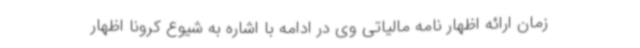
زمان ارائه اظهار نامه مالیاتی وی در ادامه با اشاره به شیوع کرونا اظهار